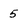
Character: 5